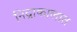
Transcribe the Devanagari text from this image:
निद्राकालात